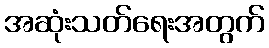
အဆုံးသတ်ရေးအတွက်